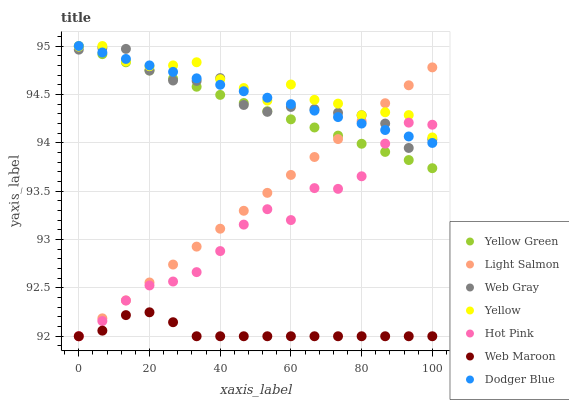
| xaxis_label | Yellow Green | Light Salmon | Web Gray | Yellow | Hot Pink | Web Maroon | Dodger Blue |
 | --- | --- | --- | --- | --- | --- | --- | --- |
 | 0 | 95 | 92 | 95 | 95 | 92 | 92 | 95 |
 | 6.67 | 94.9 | 92.2 | 95 | 95 | 92.2 | 92.1 | 94.9 |
 | 13.3 | 94.8 | 92.4 | 95 | 94.8 | 92.4 | 92.2 | 94.9 |
 | 20 | 94.7 | 92.6 | 94.7 | 94.8 | 92.5 | 92.2 | 94.8 |
 | 26.7 | 94.7 | 92.7 | 94.6 | 94.8 | 92.6 | 92.1 | 94.7 |
 | 33.3 | 94.6 | 92.9 | 94.6 | 94.8 | 92.7 | 92 | 94.7 |
 | 40 | 94.5 | 93.1 | 94.7 | 94.7 | 92.9 | 92 | 94.6 |
 | 46.7 | 94.4 | 93.3 | 94.4 | 94.6 | 93.2 | 92 | 94.5 |
 | 53.3 | 94.3 | 93.5 | 94.3 | 94.4 | 93.3 | 92 | 94.5 |
 | 60 | 94.2 | 93.7 | 94.4 | 94.6 | 93.2 | 92 | 94.4 |
 | 66.7 | 94.2 | 93.9 | 94.3 | 94.4 | 93.5 | 92 | 94.3 |
 | 73.3 | 94.1 | 94 | 94.3 | 94.4 | 93.5 | 92 | 94.3 |
 | 80 | 94 | 94.2 | 94.3 | 94.3 | 93.7 | 92 | 94.2 |
 | 86.7 | 93.9 | 94.4 | 94.2 | 94.3 | 94 | 92 | 94.1 |
 | 93.3 | 93.8 | 94.6 | 93.9 | 94.3 | 94.2 | 92 | 94.1 |
 | 100 | 93.7 | 94.8 | 94 | 94.1 | 94.2 | 92 | 94 |